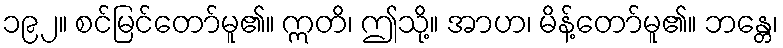
၁၉၂။ စင်မြင်တော်မူ၏။ ဣတိ၊ ဤသို့။ အာဟ၊ မိန့်တော်မူ၏။ ဘန္တေ၊